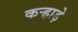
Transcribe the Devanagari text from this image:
कऱ्हाड़े